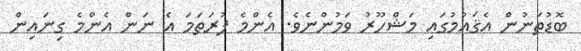
ބޮޑުތަނުން އެޤައުމުގައި މަޝްހޫރު ވަމުންނެވެ. އެންމެ ފުރަތަމަ އެ ނަން އެންމެ ގިނައިން